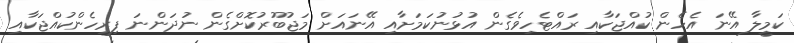
ކަމީލާ އޭނަ އެހެން ކުއްޖަކާއި ރައްޓެހިވެގެން އުޅުނުކަމަށާއި އޭނައަށް މަޖުބޫރުކޮށްގެން ނުދަންނަ ފިރިހެންކުއްޖަކާއި